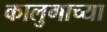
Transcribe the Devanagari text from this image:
कालुगाच्या